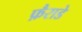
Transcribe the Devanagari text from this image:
फ़ैराडे